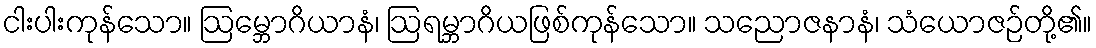
ငါးပါးကုန်သော။ ဩမ္ဘောဂိယာနံ၊ ဩရမ္ဘာဂိယဖြစ်ကုန်သော။ သညောဇနာနံ၊ သံယောဇဉ်တို့၏။